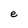
Character: e